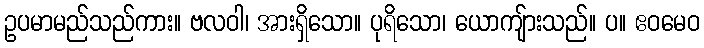
ဥပမာမည်သည်ကား။ ဗလဝါ၊ အားရှိသော။ ပုရိသော၊ ယောကျ်ားသည်။ ပ။ ဧဝမေဝ